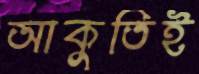
আকুতিই